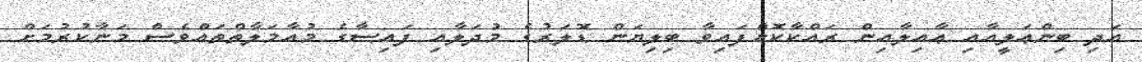
އަދި ބިންޢަލީއާއި ޢާއިލާއިން ރައްކާކޮށްފައިވާ ބިލިޔަން ޑޮލަރުގެ މުދަލާއި ފައިސާގެ މުއާމަލާތްތައްވެސް މަނާކުރުމަށް